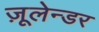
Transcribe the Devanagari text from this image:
ज़ूलेन्डर